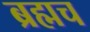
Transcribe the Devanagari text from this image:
ब्रह्मच